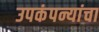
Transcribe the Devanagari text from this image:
उपकंपन्यांचा